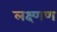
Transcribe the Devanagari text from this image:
लक्ष्णण